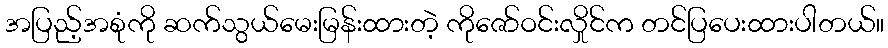
အပြည့်အစုံကို ဆက်သွယ်မေးမြန်းထားတဲ့ ကိုဇော်ဝင်းလှိုင်က တင်ပြပေးထားပါတယ်။